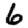
Digit: 6